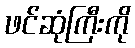
ဖင်ဆုံကြီးကို